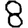
Digit: 8